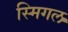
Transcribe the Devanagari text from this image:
स्मिगल